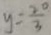
y = \frac { 2 0 } { 3 }